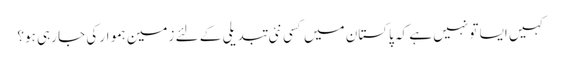
کہیں ایسا تو نہیں ہے کہ پاکستان میں کسی نئی تبدیلی کے لئے زمین ہموار کی جا رہی ہو؟